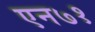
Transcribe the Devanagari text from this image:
एन७१